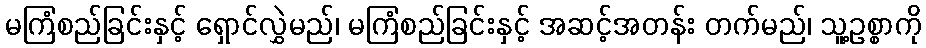
မကြံစည်ခြင်းနှင့် ရှောင်လွှဲမည်၊ မကြံစည်ခြင်းနှင့် အဆင့်အတန်း တက်မည်၊ သူ့ဥစ္စာကို